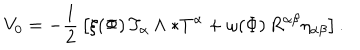
V _ { 0 } = - { \frac { 1 } { 2 } } \left[ \xi ( \Phi ) \, T _ { \alpha } \wedge \ast T ^ { \alpha } + \omega ( \Phi ) \, R ^ { \alpha \beta } \eta _ { \alpha \beta } \right] .